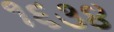
૧૬૩૪